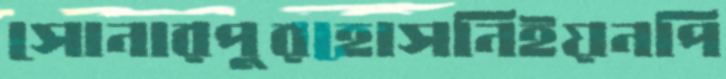
সোনারপুরহোসনিইয়নপি